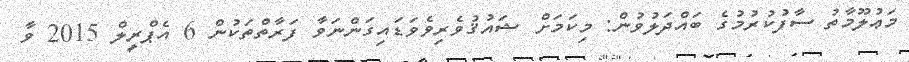
މަޢުލޫމާތު ސާފުކުރުމުގެ ބައްދަލުވުން: މިކަމަށް ޝައުޤުވެރިވެވަޑައިގަންނަވާ ފަރާތްތަކުން 6 އެޕްރީލް 2015 ވާ